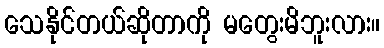
သေနိုင်တယ်ဆိုတာကို မတွေးမိဘူးလား။